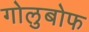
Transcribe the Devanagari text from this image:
गोलुबोफ